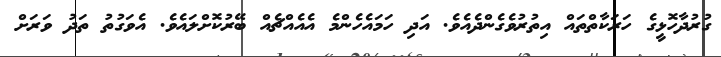
ގުރުދާހޮޅީގެ ހަރަކާތްތައް އިތުރުވެގެންދެއެވެ. އަދި ހަމައެހެންމެ އެއެއްޗެއް ބޭރުކޮށްލައެވެ. އެވަގުތު ތަދު ވަރަށް